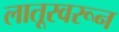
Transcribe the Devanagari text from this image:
लातूरवरून